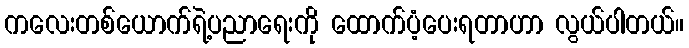
ကလေးတစ်ယောက်ရဲ့ပညာရေးကို ထောက်ပံ့ပေးရတာဟာ လွယ်ပါတယ်။